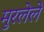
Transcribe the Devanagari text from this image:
मुरलेले